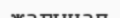
жағынап